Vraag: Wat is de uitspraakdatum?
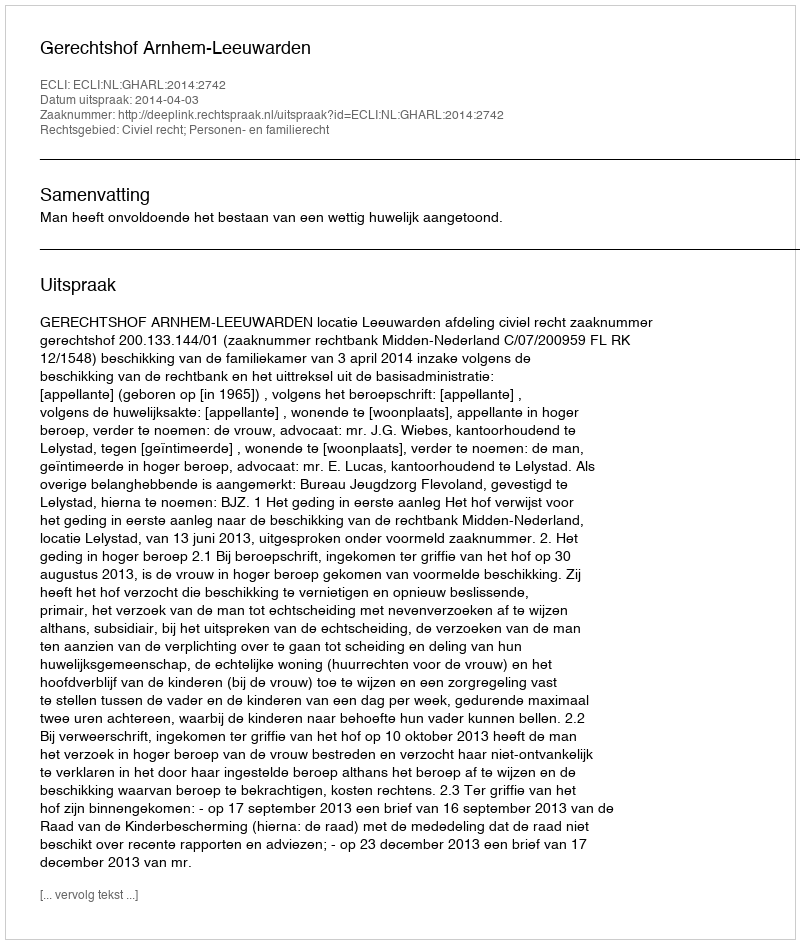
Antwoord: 2014-04-03